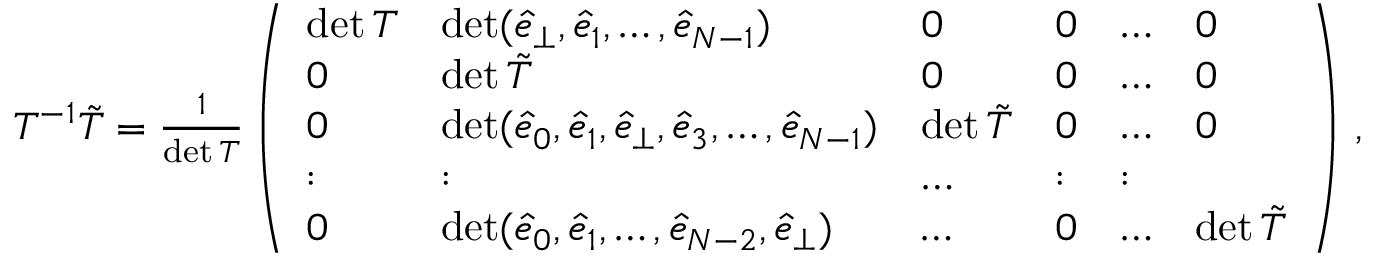
\begin{array} { r } { T ^ { - 1 } \tilde { T } = \frac { 1 } { \operatorname* { d e t } T } \left( \begin{array} { l l l l l l } { \operatorname* { d e t } T } & { \operatorname* { d e t } ( \hat { e } _ { \perp } , \hat { e } _ { 1 } , \dots , \hat { e } _ { N - 1 } ) } & { 0 } & { 0 } & { \dots } & { 0 } \\ { 0 } & { \operatorname* { d e t } \tilde { T } } & { 0 } & { 0 } & { \dots } & { 0 } \\ { 0 } & { \operatorname* { d e t } ( \hat { e } _ { 0 } , \hat { e } _ { 1 } , \hat { e } _ { \perp } , \hat { e } _ { 3 } , \dots , \hat { e } _ { N - 1 } ) } & { \operatorname* { d e t } \tilde { T } } & { 0 } & { \dots } & { 0 } \\ { : } & { : } & { \dots } & { : } & { : } \\ { 0 } & { \operatorname* { d e t } ( \hat { e } _ { 0 } , \hat { e } _ { 1 } , \dots , \hat { e } _ { { N } - 2 } , \hat { e } _ { \perp } ) } & { \dots } & { 0 } & { \dots } & { \operatorname* { d e t } \tilde { T } } \end{array} \right) \, , } \end{array}